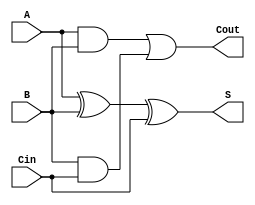
`timescale 1ns / 1ps
`default_nettype none

module full_adder(S, Cout, A, B, Cin);
//make the module with outputs sum and cout 
//decare the input wires
    input wire A, B, Cin;
    // these are 1 bit
    // now get the outputs
    output wire S, Cout; // 1 bit outputs
    wire andBCin, andACin; // B and Cin, A and Cin, these are internal
    wire andAB; // 1 bit, declare A and B as a wire
    //Now use dataflow for the gate junk'
    assign S = A ^ B ^ Cin; // A XOR B XOR Cin
    assign andAB = A & B; // A AND B 
    assign andBCin = B & Cin; // B AND C 
    assign andACin = A & Cin; // A AND C
 
    assign Cout = andAB | andBCin; // (A AND B) OR (B AND Cin)
    
endmodule